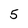
Character: 5